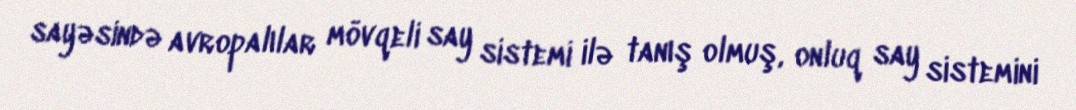
sayəsində avropalılar mövqeli say sistemi ilə tanış olmuş, onluq say sistemini